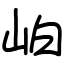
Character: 岶